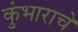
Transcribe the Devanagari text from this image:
कुंभाराचे